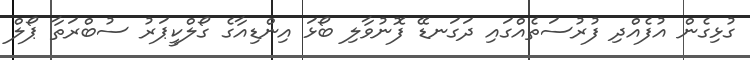
ގުޅިގެން އުފެއްދި ފުރުސަތެއްގައި ދަގަނޑޭ ފޮނުވާލި ބޯޅަ އިންޑިއާގެ ގޯލްކީޕަރު ސުބްރަތާ ޕޯލް